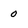
Character: 0